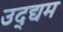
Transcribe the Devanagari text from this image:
उद्द्यम